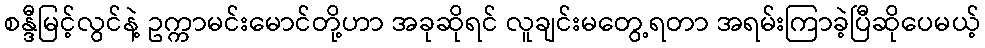
စန္ဒီမြင့်လွင်နဲ့ ဥက္ကာမင်းမောင်တို့ဟာ အခုဆိုရင် လူချင်းမတွေ့ရတာ အရမ်းကြာခဲ့ပြီဆိုပေမယ့်